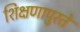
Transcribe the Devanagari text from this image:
शिक्षणापुरते